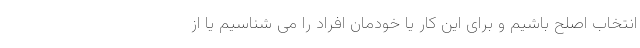
انتخاب اصلح باشیم و برای این کار یا خودمان افراد را می شناسیم یا از